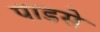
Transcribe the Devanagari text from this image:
पाडसे